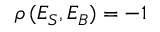
\rho \, ( E _ { S } , E _ { B } ) = - 1